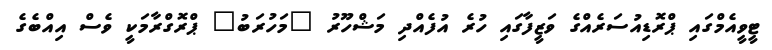
ޓީވީއެމްގައި ޕްރޮޑިއުސަރެއްގެ ވަޒީފާގައި ހުރެ އުފެއްދި މަޝްހޫރު "މަހުރަބު" ޕްރޮގްރާމަކީ ވެސް އިއްބެގެ